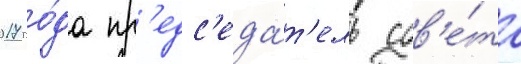
2017 го́да пр'едс'еда́т'ель сов'е́та